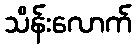
သိန်းလောက်